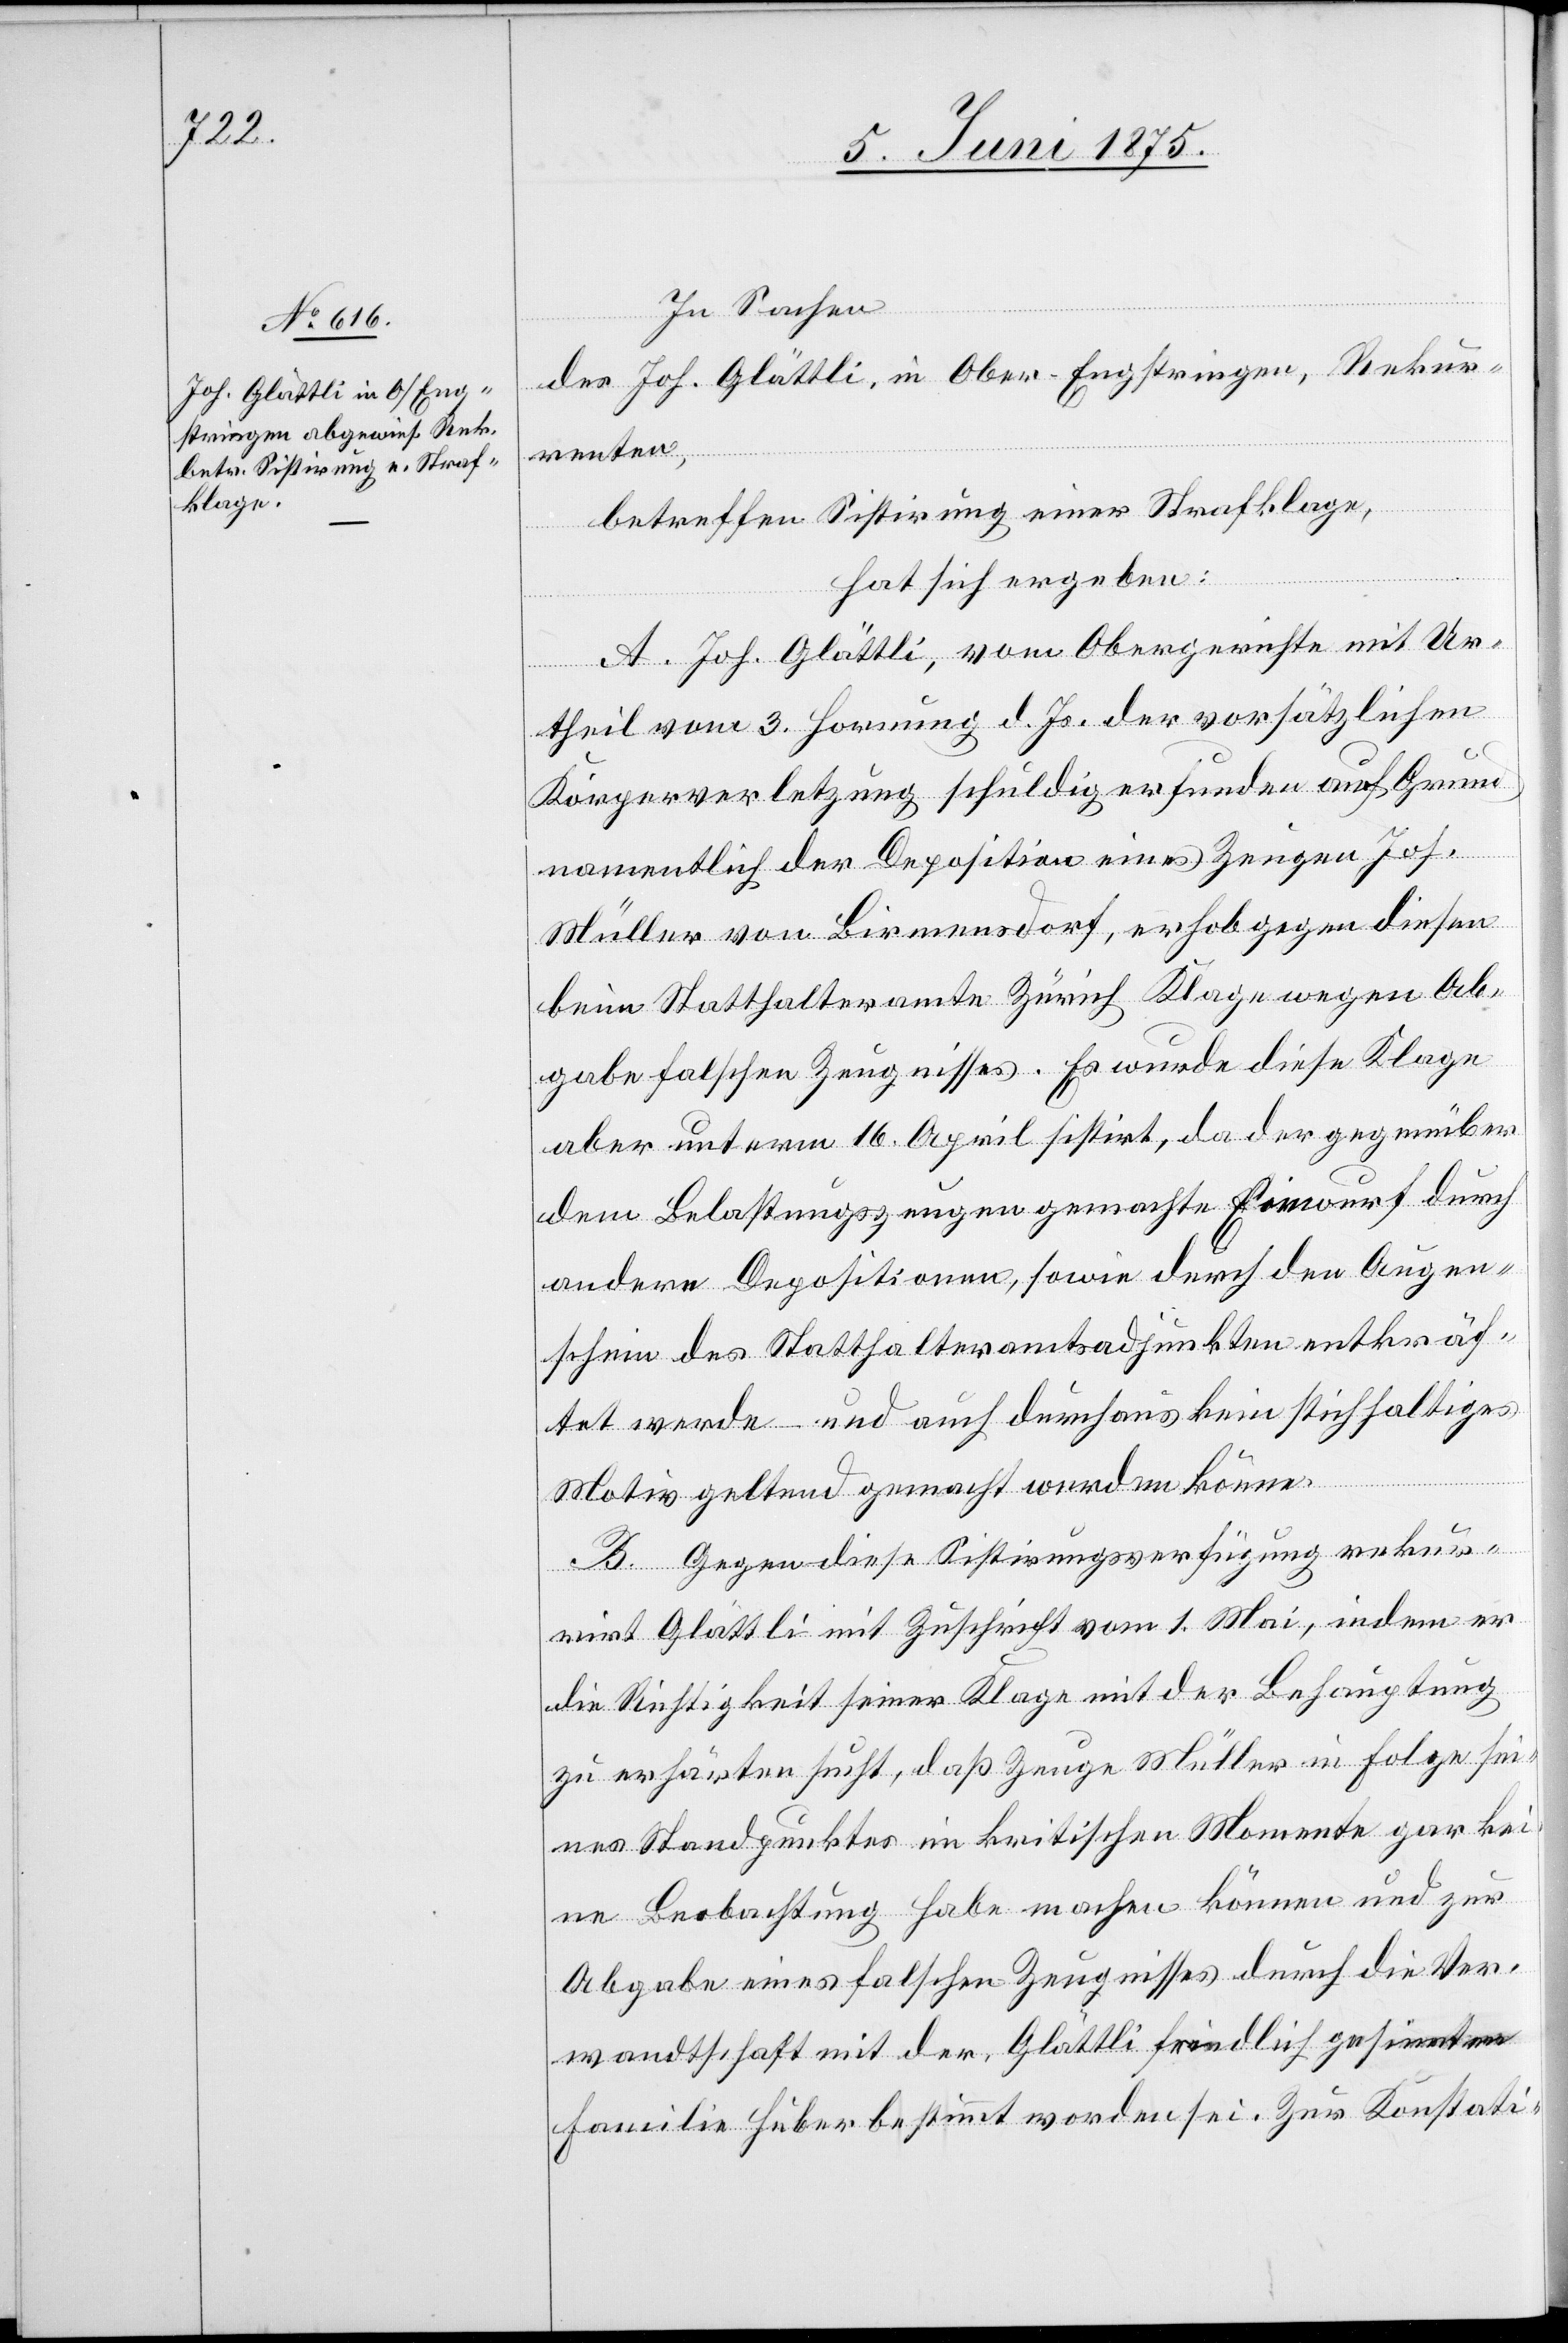
In Sachen
des Joh. Glättli, in Ober-Engstringen, Rekur¬
renten,
betreffend Sistirung einer Strafklage,
hat sich ergeben:
A. Joh. Glättli, vom Obergerichte mit Ur¬
theil vom 3. Hornung d. Js. der vorsätzlichen
Körperverletzung schuldig erfunden auf Grund
namentlich der Deposition eines Zeugen Jos.
Müller von Birmensdorf, erhob gegen diesen
beim Statthalteramte Zürich Klage wegen Ab¬
gabe falschen Zeugnisses. Es wurde diese Klage
aber unterm 16. April sistirt, da der gegenüber
dem Belastungszeugen gemachte Einwurf durch
andere Depositionen, sowie durch den Augen¬
schein des Statthalteradjunkten entkräf¬
tet werde und auch durchaus kein stichhaltiges
Motiv geltend gemacht werden könne.
B. Gegen diese Sistirungsverfügung rekur¬
rirt Glättli mit Zuschrift vom 1. Mai, indem er
die Richtigkeit seiner Klage mit der Behauptung
zu erklären sucht, daß Zeuge Müller in Folge sei¬
nes Standpunktes im kritischen Momente gar kei¬
ne Beobachtung habe machen können und zur
Abgabe eines falschen Zeugnisses durch die Ver¬
wandtschaft mit der Glättli feindlich gesinnten
Familie Huber bestimmt worden sei. Zur Konstati-